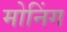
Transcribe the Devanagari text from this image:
मोनिंग